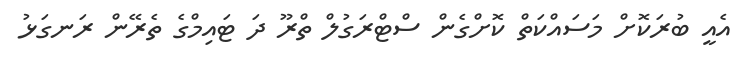
އެއީ ބުރަކޮށް މަސައްކަތް ކޮށްގެން ސްޓްރަގުލް ތްރޫ ދަ ޓައިމްގެ ތެރޭން ރަނގަޅު